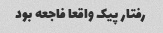
رفتار پیک واقعا فاجعه بود